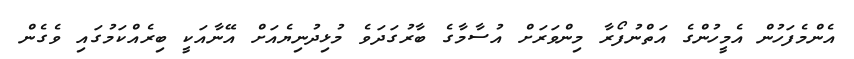
އެންމެފަހުން އެމީހުންގެ އަތްނުފޯރާ މިންވަރަށް އުސާމާގެ ބާރުގަދަވެ މުޅިދުނިޔެއަށް އޭނާއަކީ ބިރެއްކަމުގައި ވެގެން